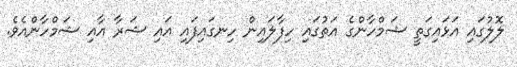
ލޮލުގައި އަޅައިގަތީ ޝަމްހާންގެ އަތުގައި ހިފާލައިން ހިނގައިފައި އައި ޝަރާ އާއި ޝަމްހާންއެވެ.